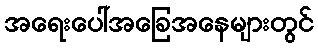
အရေးပေါ်အခြေအနေများတွင်